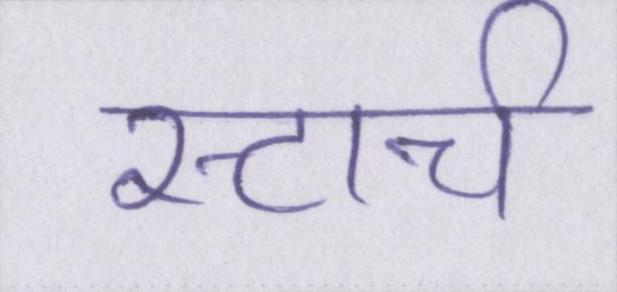
स्टार्च